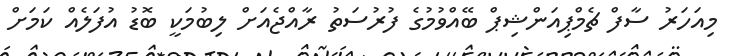
މިއަހަރު ސާފް ޗެމްޕިއަންޝިޕް ބޭއްވުމުގެ ފުރުސަތު ރާއްޖެއަށް ލިބުމަކީ ބޮޑު އުފަލެއް ކަމަށް